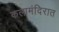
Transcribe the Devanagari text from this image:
कलामंदिरात